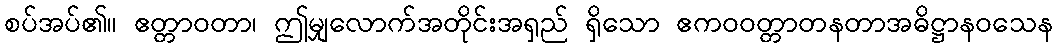
စပ်အပ်၏။ ဧတ္တာဝတာ၊ ဤမျှလောက်အတိုင်းအရှည် ရှိသော ဧကဝဝတ္တာတနတာအဓိဋ္ဌာနဝသေန